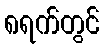
၈ရက်တွင်